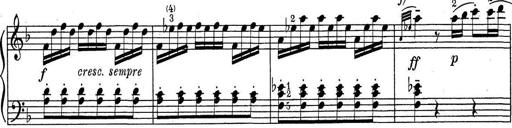
Title: ÄŒeskÃ© Sonatiny
Composer: Various